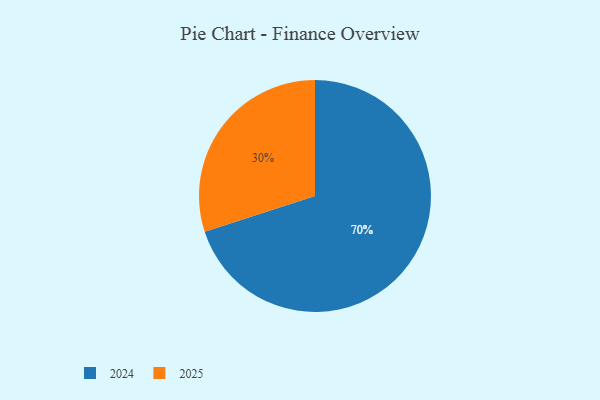
{"axis": {"x": "Category", "y": "Percentage"}, "legend": ["2024", "2025"], "data": [{"x": "2025", "y": 30, "type": "2025"}, {"x": "2024", "y": 70, "type": "2024"}]}